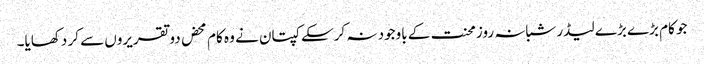
جو کام بڑے بڑے لیڈر شبانہ روز محنت کے باوجود نہ کرسکے کپتان نے وہ کام محض دو تقریروں سے کر دکھایا۔